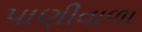
પાણીવાળા